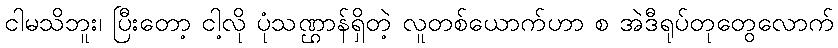
ငါမသိဘူး၊ ပြီးတော့ ငါ့လို ပုံသဏ္ဌာန်ရှိတဲ့ လူတစ်ယောက်ဟာ စ အဲဒီရုပ်တုတွေလောက်